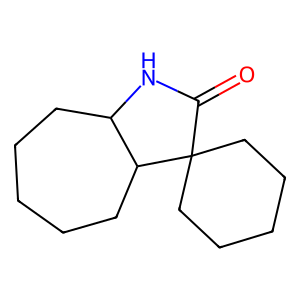
SMILES: O=C1NC2CCCCCC2C12CCCCC2
Inhibits HIV replication: No